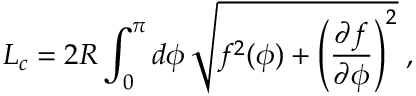
L _ { c } = 2 R \int _ { 0 } ^ { \pi } d \phi \, \sqrt { f ^ { 2 } ( \phi ) + \left( \frac { \partial f } { \partial \phi } \right) ^ { 2 } } \; ,